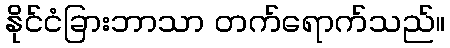
နိုင်ငံခြားဘာသာ တက်ရောက်သည်။